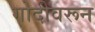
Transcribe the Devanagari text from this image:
गोदीवरून